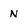
Character: N